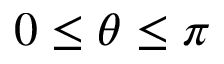
0 \leq \theta \leq \pi